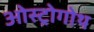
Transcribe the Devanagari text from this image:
ओस्ट्रोगोथ